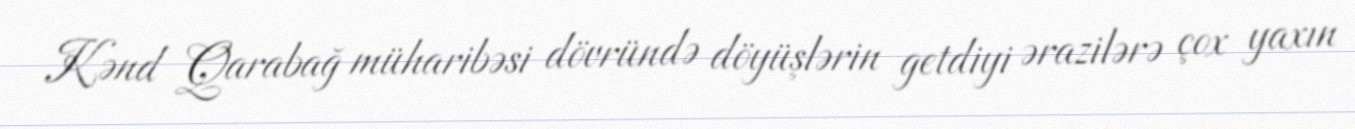
Kənd Qarabağ müharibəsi dövründə döyüşlərin getdiyi ərazilərə çox yaxın